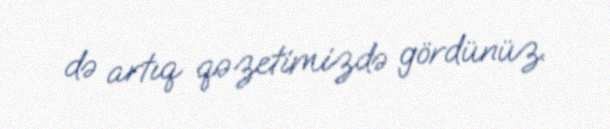
də artıq qəzetimizdə gördünüz.